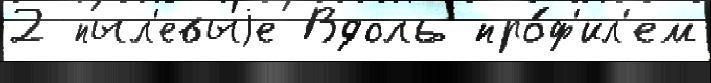
2 пыл'евыjе Вдоль про́ф'ил'ем